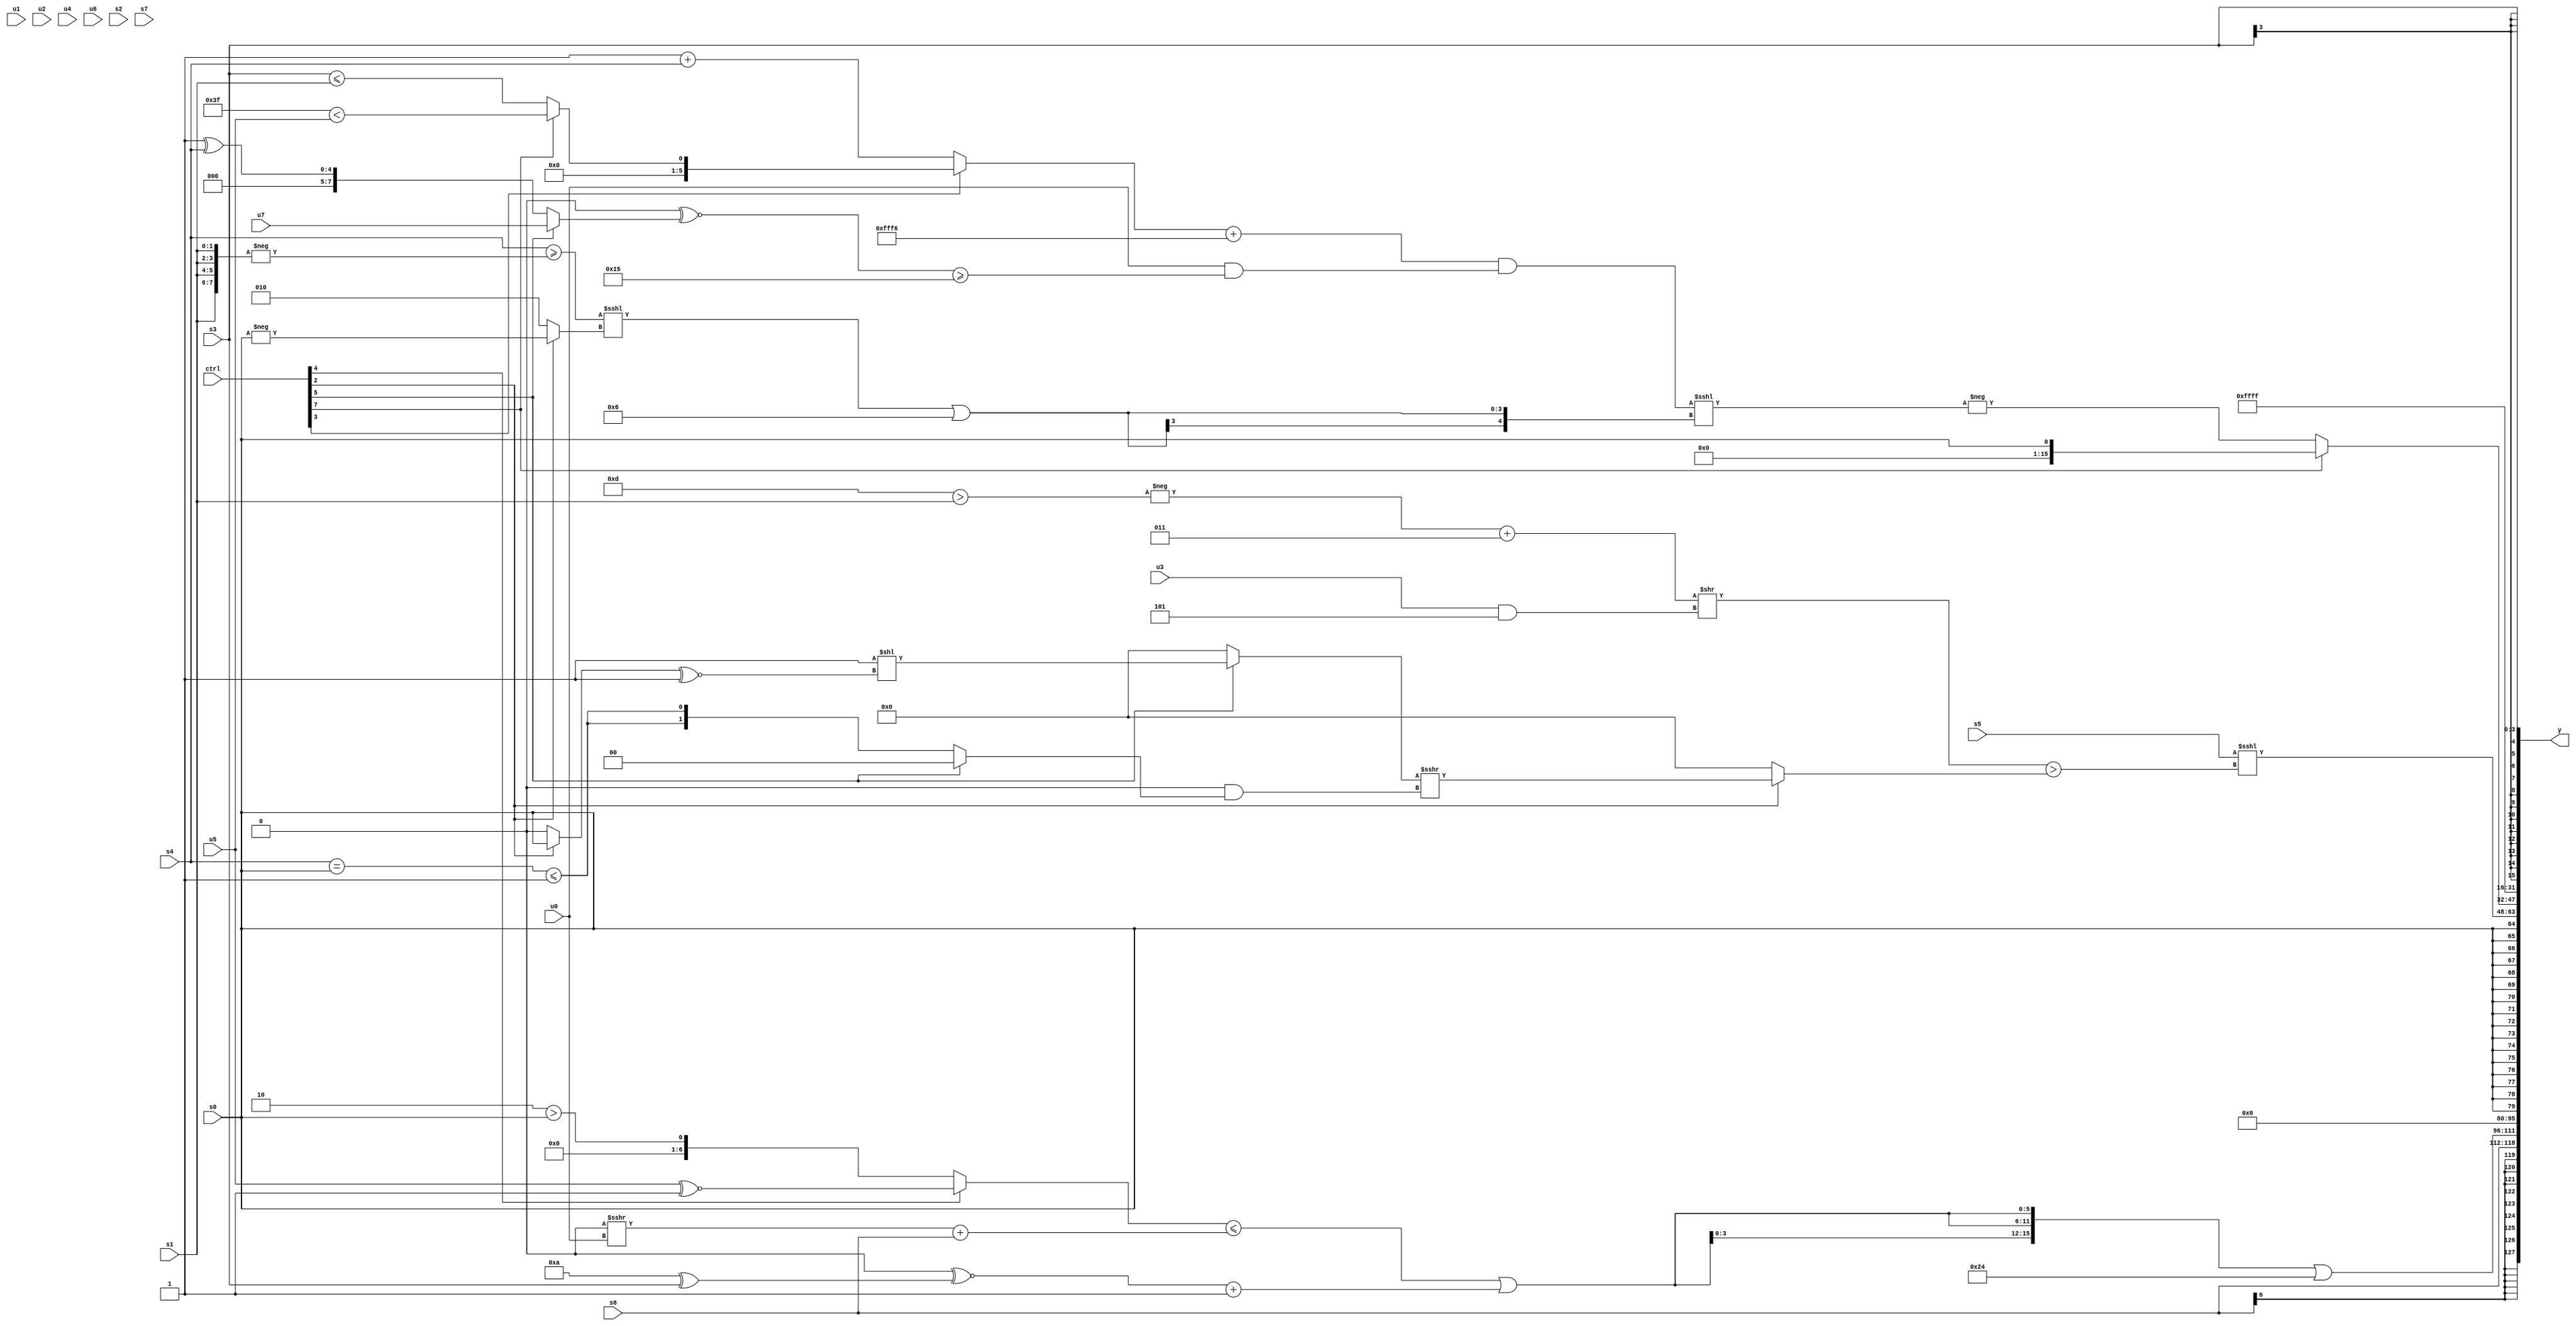
module wideexpr_00788(ctrl, u0, u1, u2, u3, u4, u5, u6, u7, s0, s1, s2, s3, s4, s5, s6, s7, y);
  input [7:0] ctrl;
  input [0:0] u0;
  input [1:0] u1;
  input [2:0] u2;
  input [3:0] u3;
  input [4:0] u4;
  input [5:0] u5;
  input [6:0] u6;
  input [7:0] u7;
  input signed [0:0] s0;
  input signed [1:0] s1;
  input signed [2:0] s2;
  input signed [3:0] s3;
  input signed [4:0] s4;
  input signed [5:0] s5;
  input signed [6:0] s6;
  input signed [7:0] s7;
  output [127:0] y;
  wire [15:0] y0;
  wire [15:0] y1;
  wire [15:0] y2;
  wire [15:0] y3;
  wire [15:0] y4;
  wire [15:0] y5;
  wire [15:0] y6;
  wire [15:0] y7;
  assign y = {y0,y1,y2,y3,y4,y5,y6,y7};
  assign y0 = +($signed(s6));
  assign y1 = ($signed({3{+((((ctrl[4]?(u5)^~(3'b001):(3'sb110)>(s0)))<=(((3'b000)>>>(u0))+($signed(s6))))|((((u5)>>(6'b111000))^~((4'b1010)^(s3)))+(1'b1)))}}))|(6'sb100100);
  assign y2 = 2'sb00;
  assign y3 = s0;
  assign y4 = (s5)<<<(($signed((((-($signed((5'sb01101)>(s1))))+($signed(4'sb0011)))>>({1{$unsigned(($signed(u3))&(4'sb1101))}}))<<(~|((1'sb1)|(($signed((5'sb11000)==(s0)))<(-(6'sb111101)))))))>((ctrl[2]?((ctrl[5]?(2'sb11)<<(((ctrl[2]?$signed(s0):$signed(1'b0)))^~(1'sb1)):2'sb00))>>>((1'sb0)&((ctrl[5]?$signed(2'sb00):$signed(((s4)==(s0))<=(6'b000001))))):1'sb0)));
  assign y5 = (ctrl[7]?s0:-(((((ctrl[3]?(ctrl[7]?(-(4'sb0001))<(+(u5)):$unsigned((s3)<=(s1))):(1'b1)+($unsigned(s4))))+((($signed(2'sb11))>>>(6'sb111010))-(5'b01010)))&((u0)&(((+($signed(1'sb0)))^~((ctrl[5]?+(u7):(1'sb1)^(s4))))>=(5'sb10101))))<<<(($signed(((s4)>=(-({4{s1}})))<<<((ctrl[2]?-(s0):3'sb010))))|(5'sb00110))));
  assign y6 = 1'sb1;
  assign y7 = $signed(+(s3));
endmodule